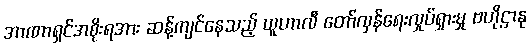
အာဏာရှင်အစိုးရအား ဆန့်ကျင်နေသည့် ယူဟာလီ တော်လှန်ရေးလှုပ်ရှားမှု ဗဟိုဌာနု